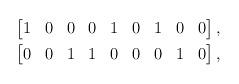
LaTeX: \begin{align*} &\begin{bmatrix} 1 & 0 & 0 & 0 & 1 & 0 & 1 & 0 & 0 \end{bmatrix} , \\ &\begin{bmatrix} 0 & 0 & 1 & 1 & 0 & 0 & 0 & 1 & 0 \end{bmatrix} ,\end{align*}